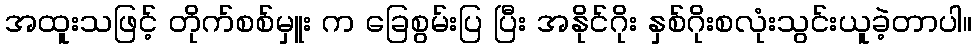
အထူးသဖြင့် တိုက်စစ်မှူး က ခြေစွမ်းပြ ပြီး အနိုင်ဂိုး နှစ်ဂိုးစလုံးသွင်းယူခဲ့တာပါ။